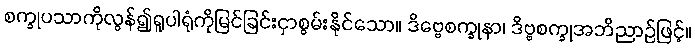
စက္ခုပသာကိုလွန်၍ရူပါရုံကိုမြင်ခြင်းငှာစွမ်းနိုင်သော။ ဒိဗ္ဗေစက္ခုနာ၊ ဒိဗ္ဗစက္ခုအဘိညာဉ်ဖြင့်။